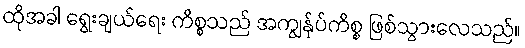
ထိုအခါ ရွေးချယ်ရေး ကိစ္စသည် အကျွန်ုပ်ကိစ္စ ဖြစ်သွားလေသည်။